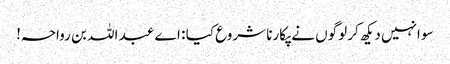
سو انہیں دیکھ کر لوگوں نے پکارنا شروع کیا : اے عبد اللہ بن رواحہ!